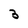
Character: 3